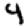
Digit: 4